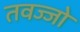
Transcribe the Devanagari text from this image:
तवज्‍जो